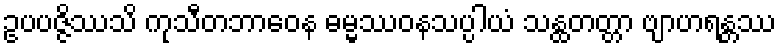
ဥပပဇ္ဇိဿသိ ကုသီတဘာဝေန ဓမ္မဿဝနသပ္ပါယံ သန္ထတတ္တာ ဗျာဟရန္တဿ